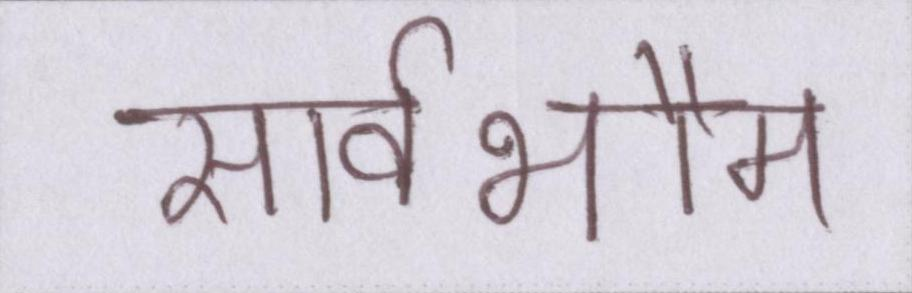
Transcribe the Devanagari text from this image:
सार्वभौम